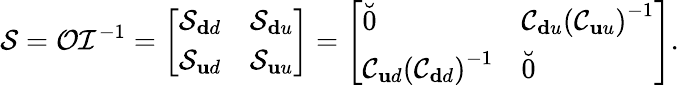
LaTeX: \mathcal{S}=\mathcal{O}\mathcal{I}^{-1}=\left[\begin{array}{rr}{\mathcal{S}_{\mathbf dd}}&{\mathcal{S}_{\mathbf du}}\\ {\mathcal{S}_{\mathbf ud}}&{\mathcal{S}_{\mathbf uu}}\end{array}\right]=\left[\begin{array}{ll}{\breve{0}}&{\mathcal{C}_{\mathbf du}\left(\mathcal{C}_{\mathbf uu}\right)^{-1}}\\ {\mathcal{C}_{\mathbf ud}\left(\mathcal{C}_{\mathbf dd}\right)^{-1}}&{\breve{0}}\end{array}\right].